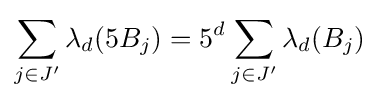
\sum _{j\in J'}\lambda _{d}(5B_{j})=5^{d}\sum _{j\in J'}\lambda _{d}(B_{j})